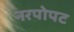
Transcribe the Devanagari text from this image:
नरपोपट